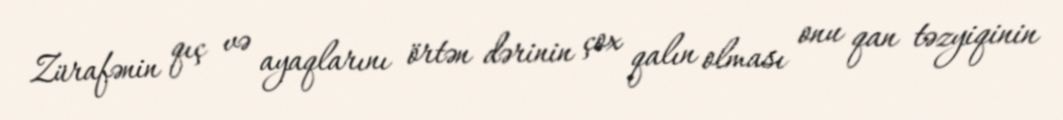
Zürafənin qıç və ayaqlarını örtən dərinin çox qalın olması onu qan təzyiqinin